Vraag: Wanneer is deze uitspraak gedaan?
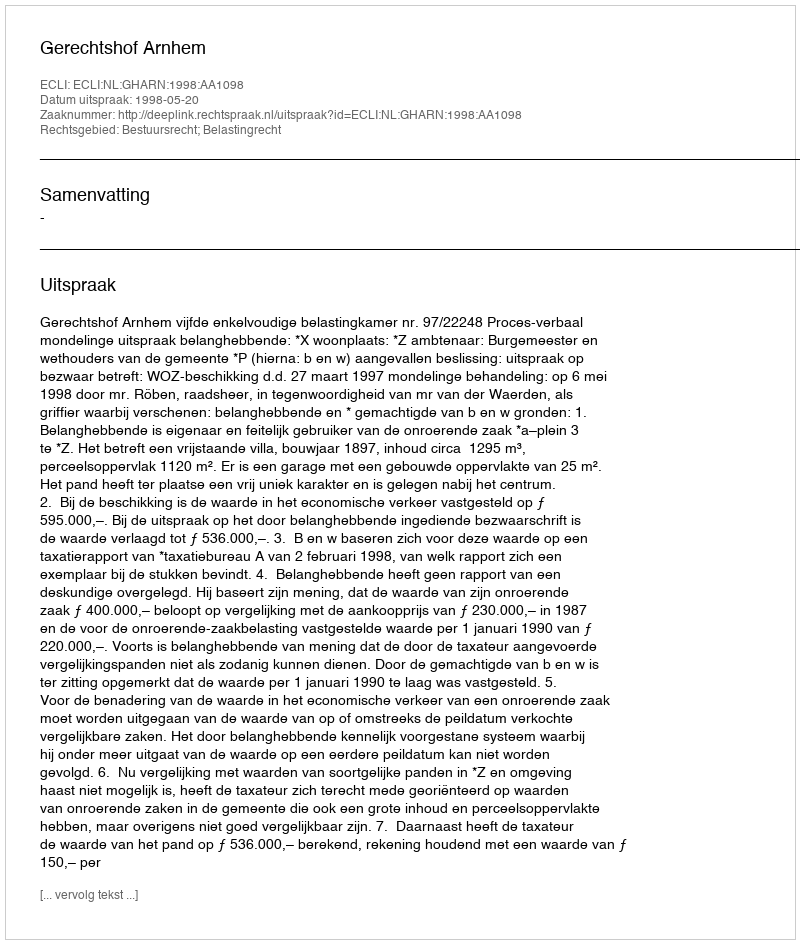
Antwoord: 1998-05-20